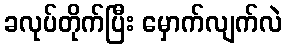
ခလုပ်တိုက်ပြီး မှောက်လျက်လဲ